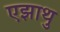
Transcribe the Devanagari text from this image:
एझाथु